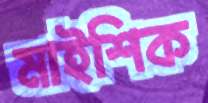
মাইশিক